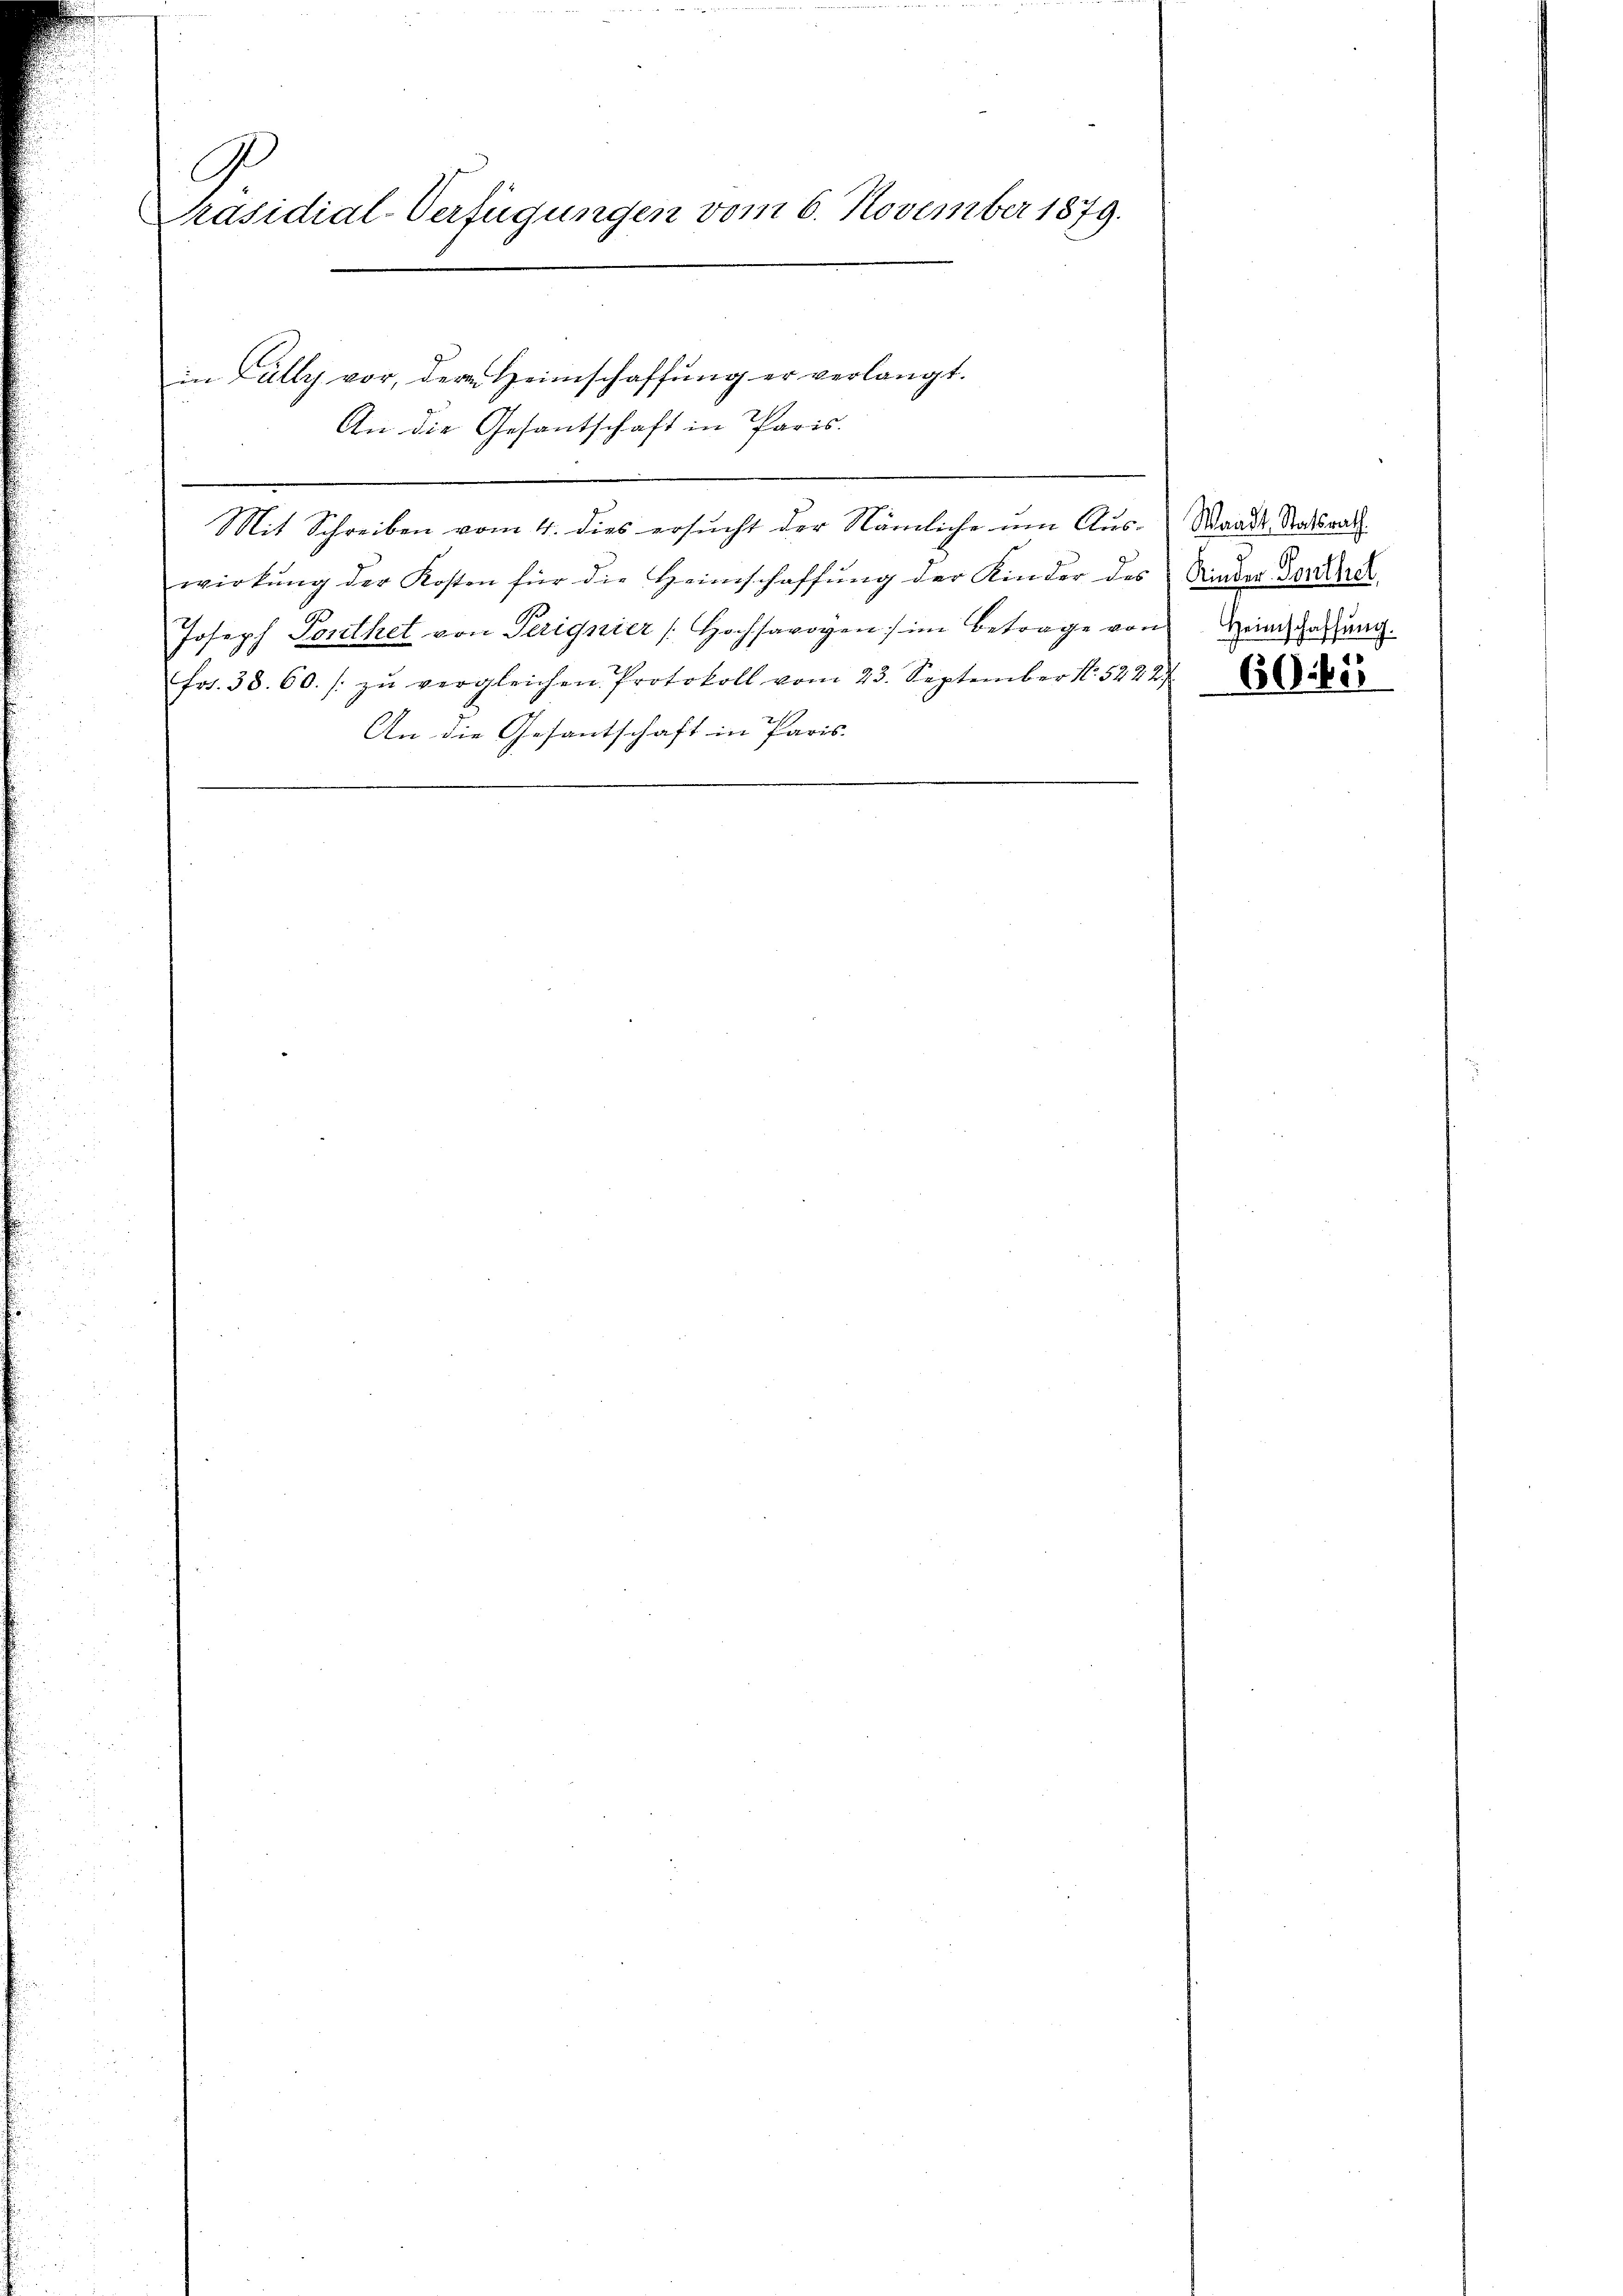
Ge
Präsidial-Verfügungen vom 6. November 1879.

in Fully vor, der Heimschaffung er verlangt.
An die Gesantschaft in Paris.
Mit Schreiben vom 4. dies ersucht der Nämliche um Aus-Staates Stadtsrath
wirkŭng der Kosten für die Heimschaffŭng der Kinder des Kinder Ferdie
Joseph Posthet von Perignier Hochsavoyen im Betrage von Heiachzahlung.
Fr. 38. 60. zŭ vergleichen. Protokoll vom 23. September 185222/
An die Gesantschaft in Paris.

6062